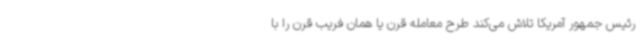
رئیس جمهور آمریکا تلاش می‌کند طرح معامله قرن یا همان فریب قرن را با